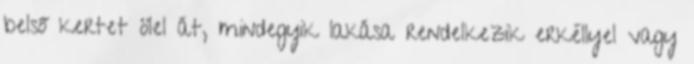
belső kertet ölel át, mindegyik lakása rendelkezik erkéllyel vagy